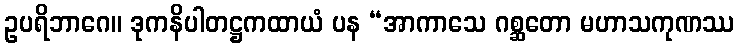
ဥပရိဘာဂေ။ ဒုကနိပါတဋ္ဌကထာယံ ပန “အာကာသေ ဂစ္ဆတော မဟာသကုဏဿ